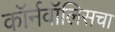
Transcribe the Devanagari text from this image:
कॉर्नवॉलिसचा